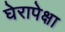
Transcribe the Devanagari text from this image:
घेरापेक्षा